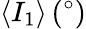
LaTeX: \langle I_{1}\rangle\, (^{\circ})